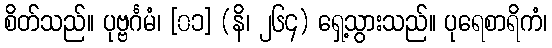
စိတ်သည်။ ပုဗ္ဗင်္ဂမံ၊ [၀၁] (နိ၊ ၂၆၄) ရှေ့သွားသည်။ ပုရေစာရိကံ၊